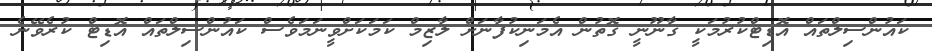
ކައުންސިލްތައް އޮޑިޓްކުރުމަކީ ގާނޫނީ ގޮތުން އެމަނިކުފާނަށް ލާޒިމް ކަމަކަށްވީނަމަވެސް ކައުންސިލްތައް އޮޑިޓް ކުރެވޭނެ